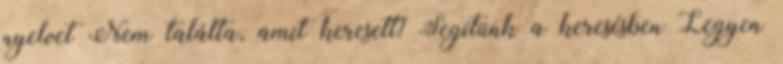
nyelvet Nem találta, amit keresett? Segítünk a keresésben Legyen